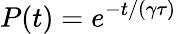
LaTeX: P(t)=e^{-t/(\gamma\tau)}